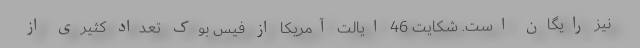
نیز رایگان است. شکایت 46 ایالت‌ آمریکا از فیس بوک تعداد کثیری از